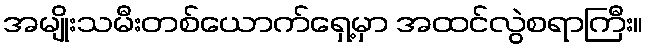
အမျိုးသမီးတစ်ယောက်ရှေ့မှာ အထင်လွဲစရာကြီး။